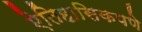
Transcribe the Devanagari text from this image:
ऐतिहासिकपणे